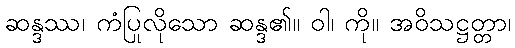
ဆန္ဒဿ၊ ကံပြုလိုသော ဆန္ဒ၏။ ဝါ၊ ကို။ အဝိသဋ္ဌတ္တာ၊